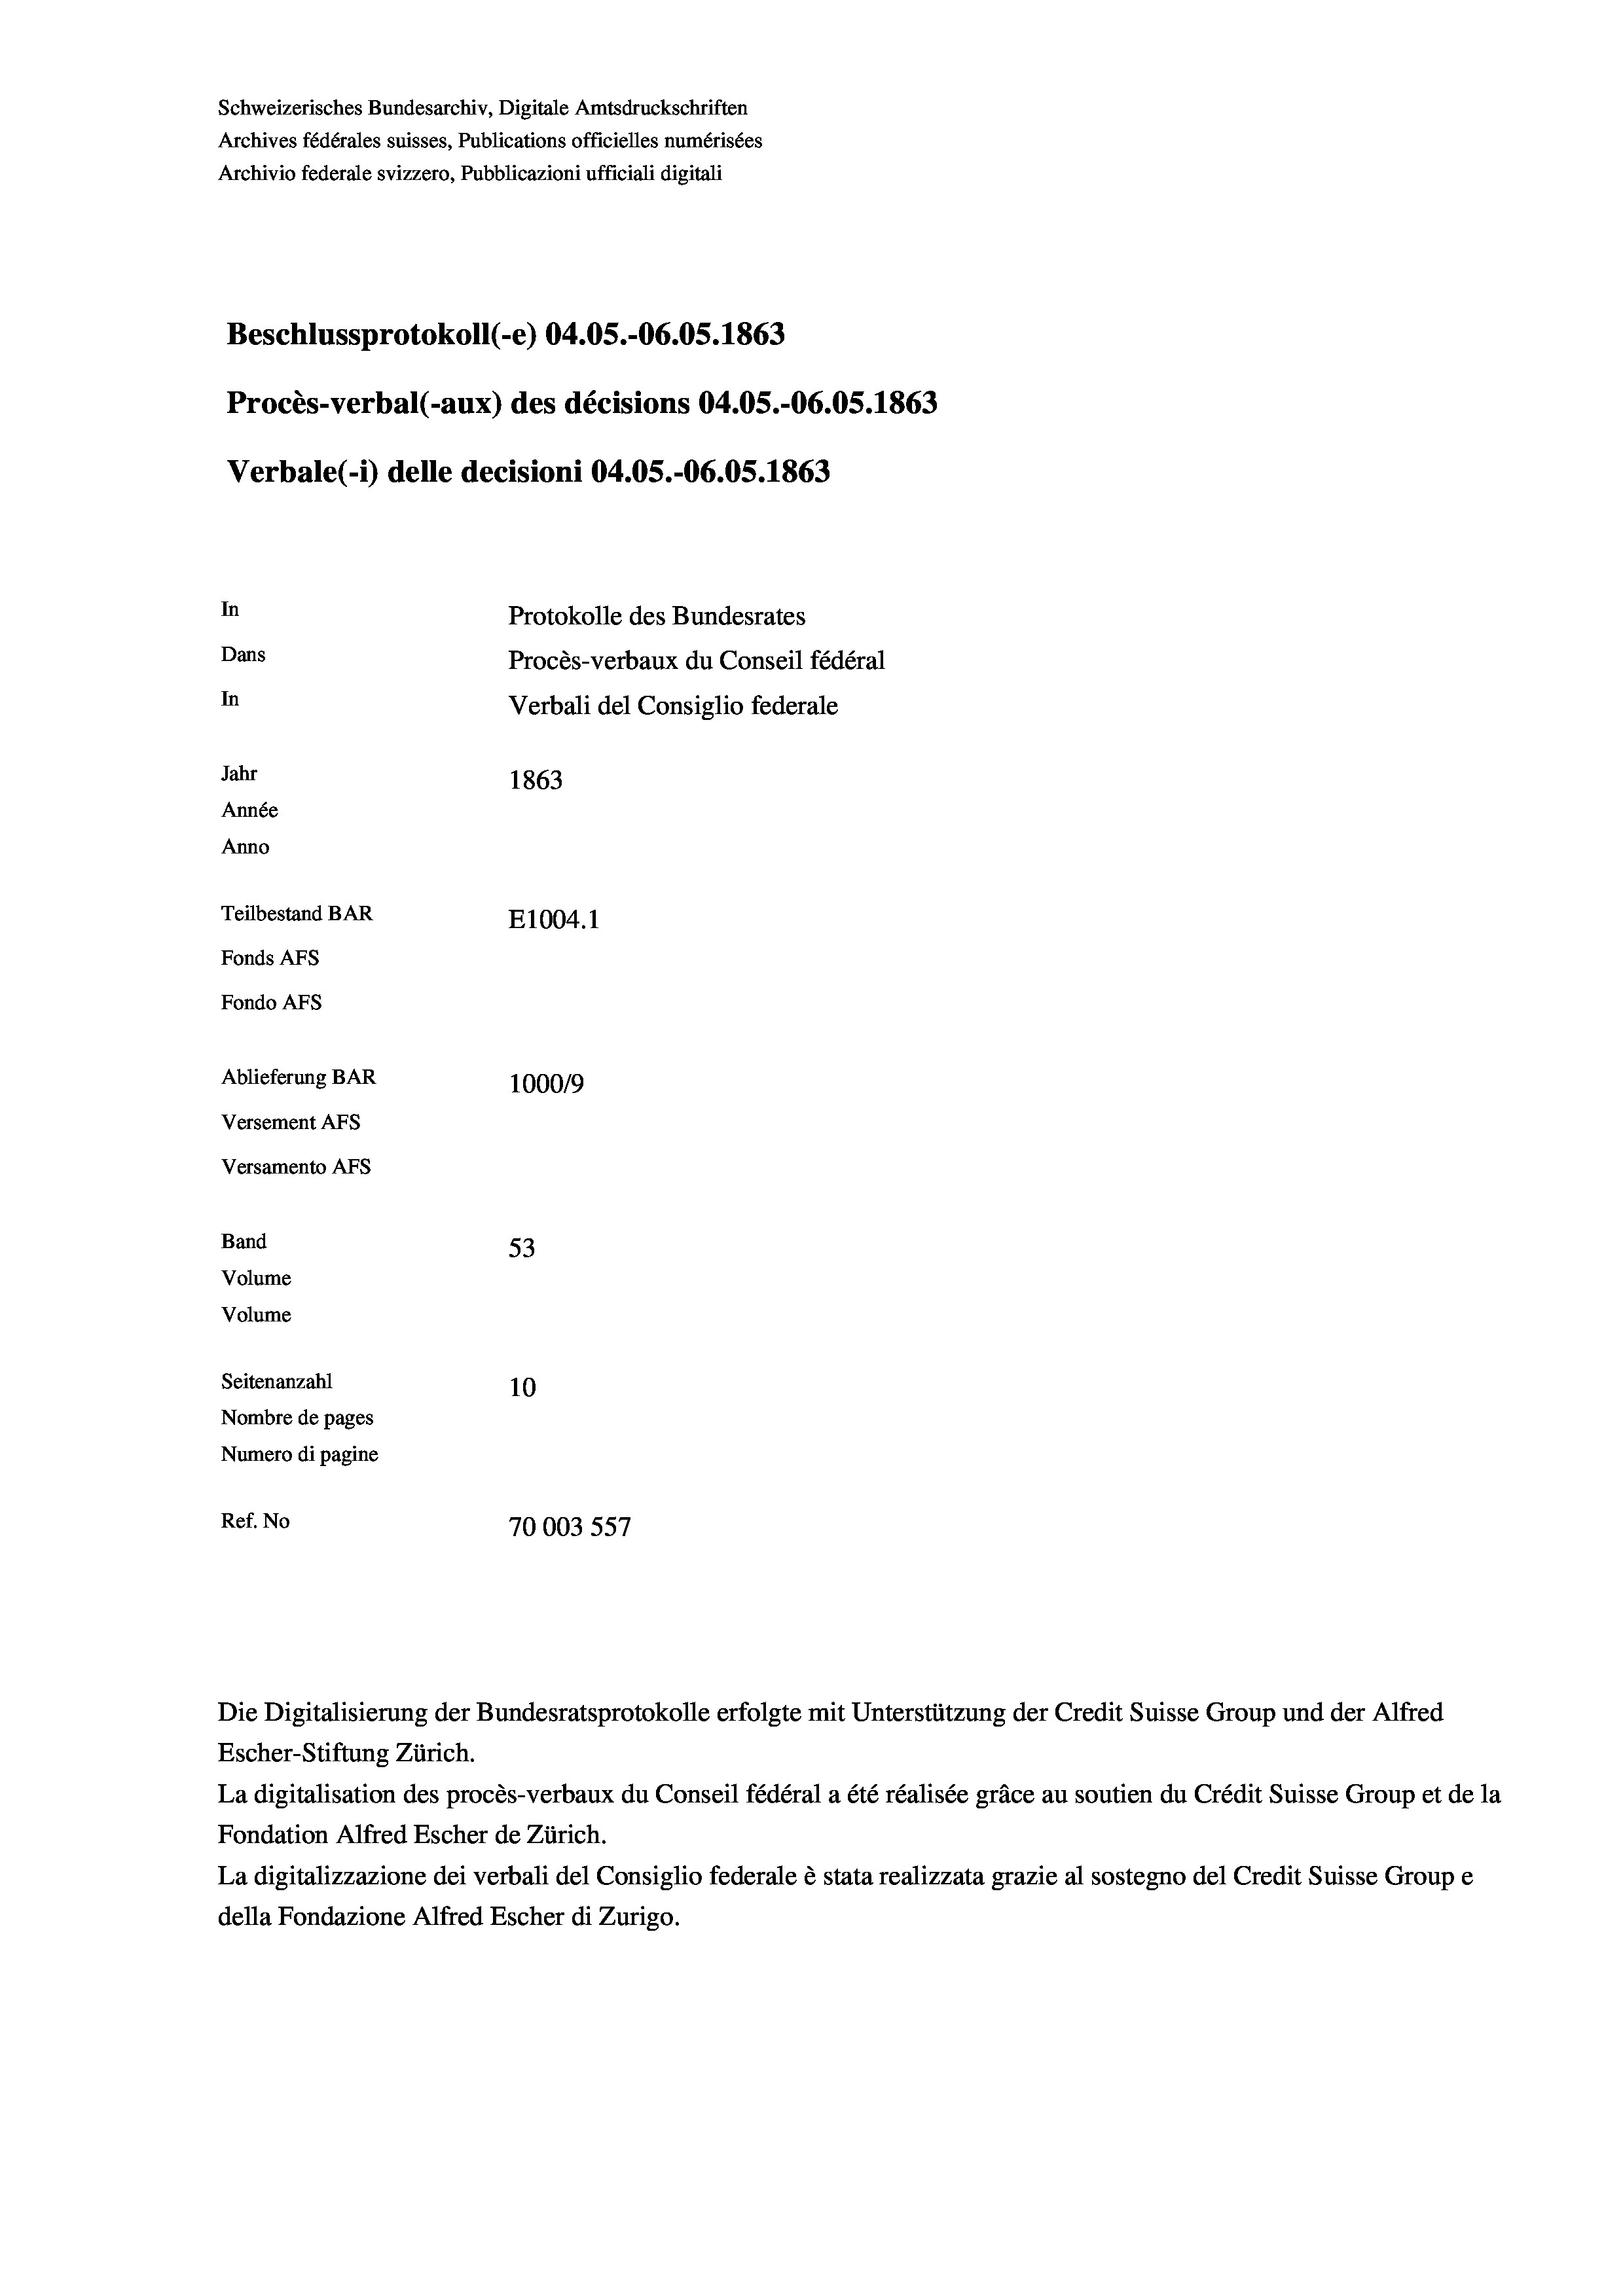
Beschlussprotokoll (-e) 04.05.-06.05. 1863
Procès-verbal (-aux) des décisions 04.05.-06.05. 1863
Verbale (1) delle decisioni 04.05.-06.05. 1863
In
Protokolle des Bundesrates
Dans
Procès-verbaux du Conseil fédéral
In
Verbali del Consiglio federale
Jahr
1863
Année
Anno
Teilbestand BAR
E1004. 1
Fonds AFs
Fondo AFS
Ablieferung BAR
100019
Versement AFs

Versamento AFs
Band
Volume
Volume

Schweizerisches Bundesarchiv, Digitale Amtsdruckschriften
Archives fédérales suisses, Publications officielles numérisées

Archivio federale svizzero, Pubblicazioni ufficiali digitali

53
Seitenanzahl
10
Nombre de pages
Numero di pagine
Ref. No
70003 557

Escher-Stiftung Zürich.
La digitalisation des procès-verbaux du Conseil fédéral a été réalisée gräce au soutien du Crédit Suisse Group et de la
Fondation Alfred Escher de Zürich.
La digitalizzazione dei verbali del Consiglio federale è stata realizzata grazie al sostegno del Credit Suisse Groupe
della Fondazione Alfred Escher di Zurigo.

Die Digitalisierung der Bundesratsprotokolle erfolgte mit Unterstützung der Credit Suisse Group und der Alfred